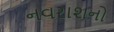
નવરાશનો